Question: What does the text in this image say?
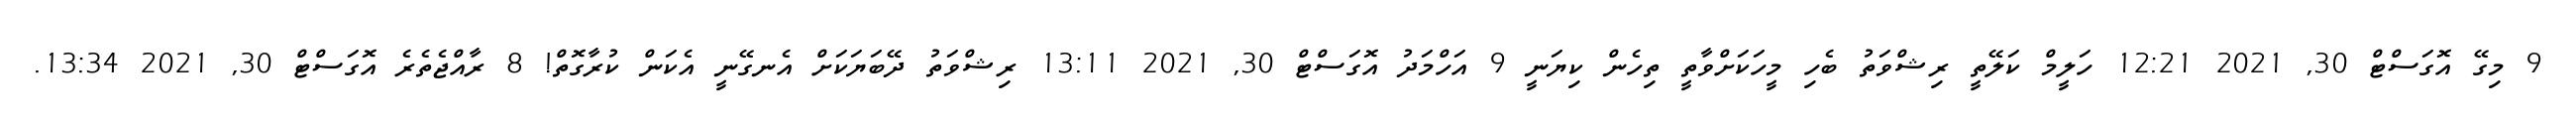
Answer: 9 މިގޭ އޮގަސްޓް 30, 2021 12:21 ހަލީމް ކަލޭތީ ރިޝްވަތު ބެހި މީހަކަށްވާތީ ތިހެން ކިޔަނީ 9 އަހްމަދު އޮގަސްޓް 30, 2021 13:11 ރިޝްވަތު ދޭބަޔަކަށް އެނގޭނީ އެކަން ކުރާގޮތް! 8 ރާއްޖެތެރެ އޮގަސްޓް 30, 2021 13:34.